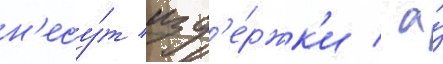
н'есу́т изд'е́ржк'и / а́